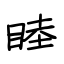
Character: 睦